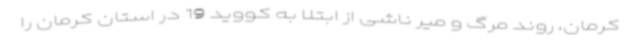
کرمان، روند مرگ و میر ناشی از ابتلا به کووید 19 در استان کرمان را